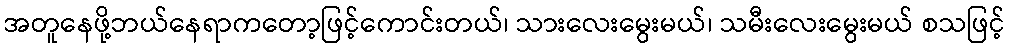
အတူနေဖို့ဘယ်နေရာကတော့ဖြင့်ကောင်းတယ်၊ သားလေးမွေးမယ်၊ သမီးလေးမွေးမယ် စသဖြင့်